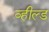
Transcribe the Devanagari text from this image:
व्हील्ड